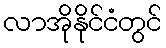
လာအိုနိုင်ငံတွင်